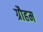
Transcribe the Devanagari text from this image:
ग्रौहम